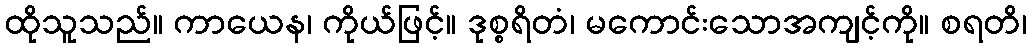
ထိုသူသည်။ ကာယေန၊ ကိုယ်ဖြင့်။ ဒုစ္စရိတံ၊ မကောင်းသောအကျင့်ကို။ စရတိ၊